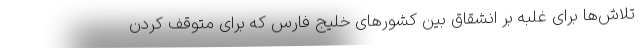
تلاش‌ها برای غلبه بر انشقاق بین کشورهای خلیج فارس که برای متوقف کردن